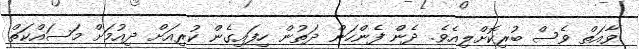
ވާއަތް ވެސް ބުރިކޮށްލިއެވެ. ދެން ފެެންހަން ދަތުން ހިފައިގެން ކުރިއަށް ދިއުމަށް މަސައްކަތް